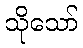
သိုသော်